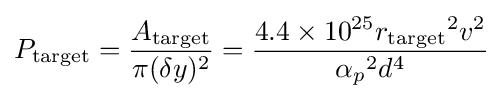
P_{\text{target}}={\frac {A_{\text{target}}}{\pi (\delta y)^{2}}}={\frac {4.4\times 10^{25}{r_{\text{target}}}^{2}v^{2}}{{\alpha _{p}}^{2}d^{4}}}